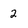
Character: 2